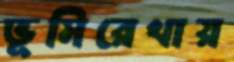
ভূমিরেখায়